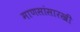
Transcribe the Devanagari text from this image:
माणसांसारखी